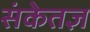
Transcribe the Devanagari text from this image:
संकेतज्ञ